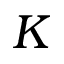
K